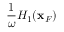
\frac { 1 } { \omega } { \cal H } _ { 1 } ( { \bf x } _ { F } )